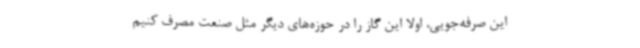
این صرفه‌جویی، اولاً این گاز را در حوزه‌های دیگر مثل صنعت مصرف کنیم